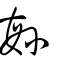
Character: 䋣